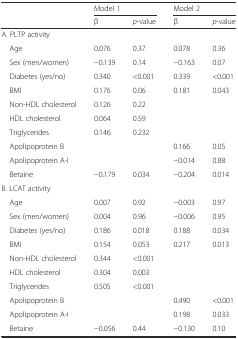
<table><thead><tr><td rowspan="2"></td><td colspan="2"><b>Model 1</b></td><td colspan="2"><b>Model 2</b></td></tr><tr><td><b>β</b></td><td><b><i>p</i>-value</b></td><td><b>β</b></td><td><b><i>p</i>-value</b></td></tr></thead><tbody><tr><td colspan="5">A. PLTP activity</td></tr><tr><td> Age</td><td>0.076</td><td>0.37</td><td>0.078</td><td>0.36</td></tr><tr><td> Sex (men/women)</td><td>−0.139</td><td>0.14</td><td>−0.163</td><td>0.07</td></tr><tr><td> Diabetes (yes/no)</td><td>0.340</td><td>&lt;0.001</td><td>0.339</td><td>&lt;0.001</td></tr><tr><td> BMI</td><td>0.176</td><td>0.06</td><td>0.181</td><td>0.043</td></tr><tr><td> Non-HDL cholesterol</td><td>0.126</td><td>0.22</td><td></td><td></td></tr><tr><td> HDL cholesterol</td><td>0.064</td><td>0.59</td><td></td><td></td></tr><tr><td> Triglycerides</td><td>0.146</td><td>0.232</td><td></td><td></td></tr><tr><td> Apolipoprotein B</td><td></td><td></td><td>0.166</td><td>0.05</td></tr><tr><td> Apolipoprotein A-I</td><td></td><td></td><td>−0.014</td><td>0.88</td></tr><tr><td> Betaine</td><td>−0.179</td><td>0.034</td><td>−0.204</td><td>0.014</td></tr><tr><td colspan="5">B. LCAT activity</td></tr><tr><td> Age</td><td>0.007</td><td>0.92</td><td>−0.003</td><td>0.97</td></tr><tr><td> Sex (men/women)</td><td>0.004</td><td>0.96</td><td>−0.006</td><td>0.95</td></tr><tr><td> Diabetes (yes/no)</td><td>0.186</td><td>0.018</td><td>0.188</td><td>0.034</td></tr><tr><td> BMI</td><td>0.154</td><td>0.053</td><td>0.217</td><td>0.013</td></tr><tr><td> Non-HDL cholesterol</td><td>0.344</td><td>&lt;0.001</td><td></td><td></td></tr><tr><td> HDL cholesterol</td><td>0.304</td><td>0.003</td><td></td><td></td></tr><tr><td> Triglycerides</td><td>0.505</td><td>&lt;0.001</td><td></td><td></td></tr><tr><td> Apolipoprotein B</td><td></td><td></td><td>0.490</td><td>&lt;0.001</td></tr><tr><td> Apolipoprotein A-I</td><td></td><td></td><td>0.198</td><td>0.033</td></tr><tr><td> Betaine</td><td>−0.056</td><td>0.44</td><td>−0.130</td><td>0.10</td></tr></tbody></table>